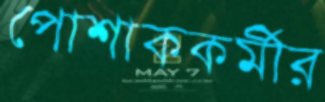
পোশাককর্মীর